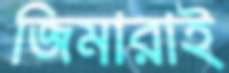
জিমারাই